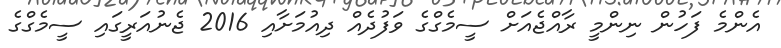
އެންމެ ފަހުން ނިންމީ ރާއްޖެއަށް ސީމެގްގެ ވަފުދެއް ދިއުމަށާއި 2016 ޖެނުއަރީގައި ސީމެގްގެ